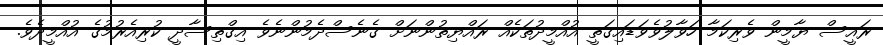
ރައީސް ޔާމީން ވެރިކަމާ ހަވާލުވެވަޑައިގަތީ އުއްމީދުތަކެއް ރައްޔިތުންނަށް ގެނެސްދެމުންނެވެ އިގްތިސާދީ ކުރިއެރުމުގެ އުއްމީދެވެ.